Vaccination report Assam 1896-1927 - 1896-1927
Year: 1896
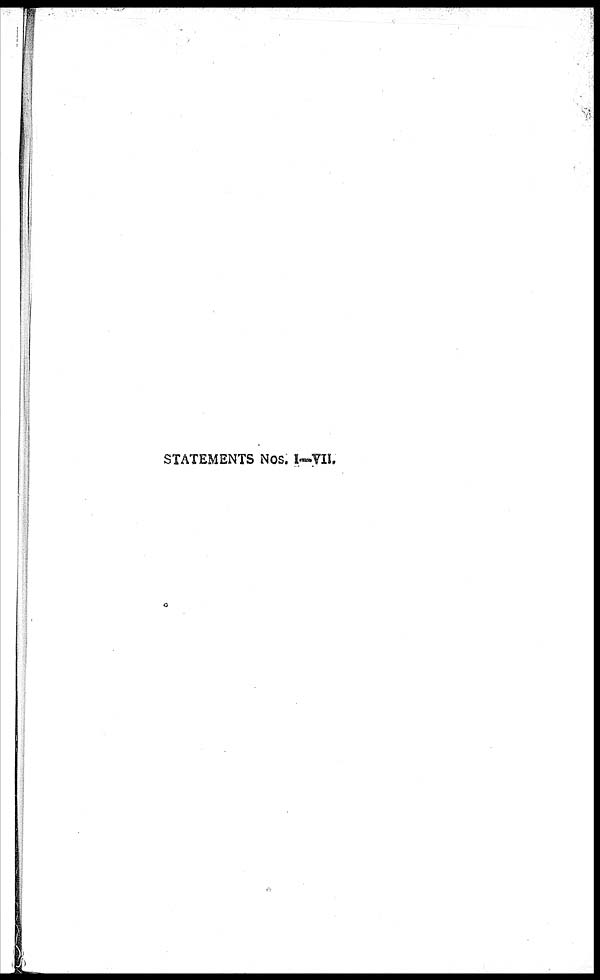
STATEMENTS NOS. I—VII.